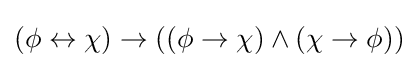
(\phi \leftrightarrow \chi )\to ((\phi \to \chi )\land (\chi \to \phi ))